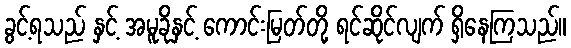
ခွင့်ရသည် နှင့် အမူခိုနှင့် ကောင်းမြတ်တို့ ရင်ဆိုင်လျက် ရှိနေကြသည်။